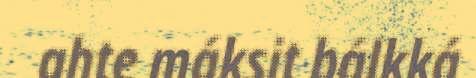
ahte máksit bálkká